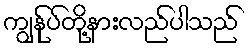
ကျွန်ုပ်တို့နားလည်ပါသည်